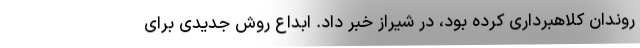
روندان کلاهبرداری کرده بود، در شیراز خبر داد. ابداع روش جدیدی برای